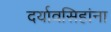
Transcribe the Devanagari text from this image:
दर्यावसिहांना